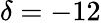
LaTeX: \delta=-12